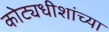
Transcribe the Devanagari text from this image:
कोट्यधीशांच्या